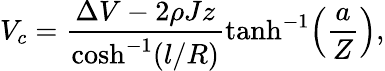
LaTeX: V_{c}=\frac{\Delta V-2\rho Jz}{\cosh^{-1}(l/R)}\operatorname{tanh}^{-1}\! \left(\frac{a}{Z}\right),